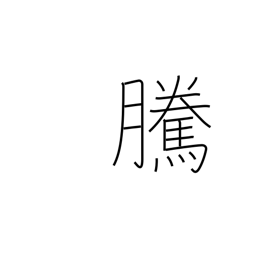
Meaning: going